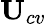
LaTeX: \textbf{U}_{cv}